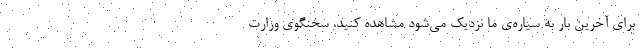
برای آخرین بار به سیاره‌ی ما نزدیک می‌شود مشاهده کنید. سخنگوی وزارت